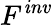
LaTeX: F^{\mathit{inv}}